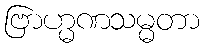
ဗြာဟ္မဏသမ္မတာ